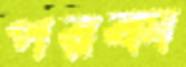
পরকা